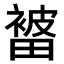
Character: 𭻭